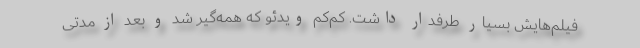
‌فیلم‌هایش بسیار طرفدار داشت. کم‌کم ویدئو که همه‌گیر شد و بعد از مدتی